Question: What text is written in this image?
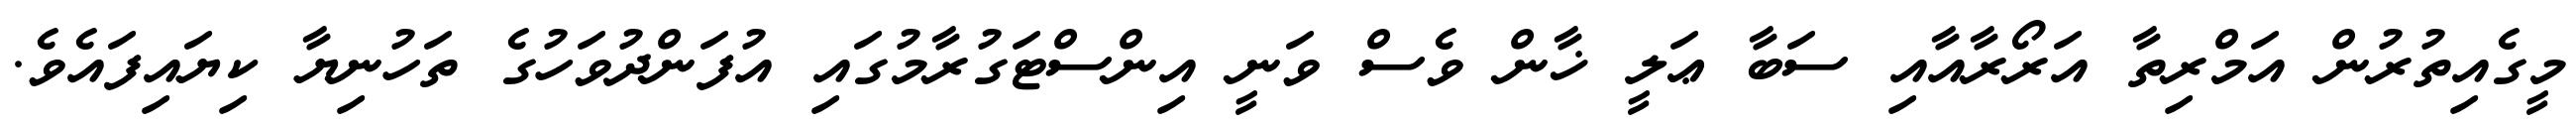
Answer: މީގެއިތުރުން އަމްރިތާ އަރޯރާއާއި ސަބާ ޢަލީ ޚާން ވެސް ވަނީ އިންސްޓަގުރާމުގައި އުފަންދުވަހުގެ ތަހުނިޔާ ކިޔައިފައެވެ.